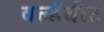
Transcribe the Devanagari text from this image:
वर्ल्डबीट